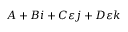
A + B i + C \varepsilon j + D \varepsilon k